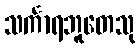
သင်္ကာရဘူတေသု